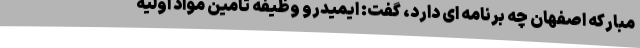
مبارکه اصفهان چه برنامه ای دارد، گفت: ایمیدرو وظیفه تامین مواد اولیه